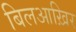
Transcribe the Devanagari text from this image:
बिलआख़िर